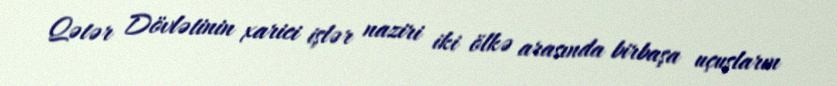
Qətər Dövlətinin xarici işlər naziri iki ölkə arasında birbaşa uçuşların